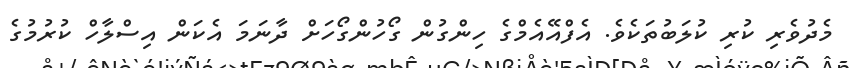
މެދުވެރި ކުރި ކުލަބުތަކެވެ. އެފްއޭއެމްގެ ހިންގުން ގޯހުންގޯހަށް ދާނަމަ އެކަން އިސްލާހް ކުރުމުގެ